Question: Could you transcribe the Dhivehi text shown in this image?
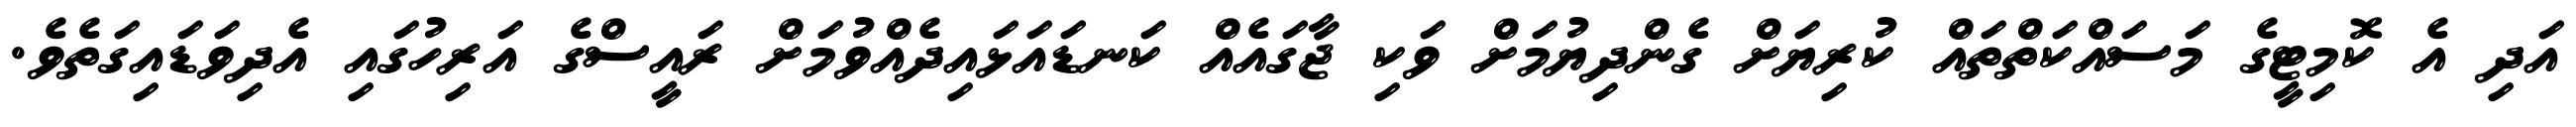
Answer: އަދި އެ ކޮމިޓީގެ މަސައްކަތްތައް ކުރިޔަށް ގެންދިޔުމަށް ވަކި ޖާގައެއް ކަނޑައަޅައިދެއްވުމަށް ރައީސްގެ އަރިހުގައި އެދިވަޑައިގަތެވެ.